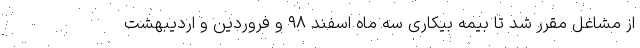
از مشاغل مقرر شد تا بیمه بیکاری سه ماه اسفند ۹۸ و فروردین و اردیبهشت